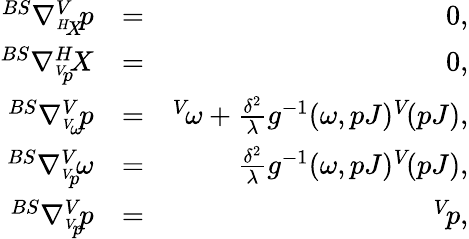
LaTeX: \begin{array}{rlr}{^{BS}\nabla_{^{H}\! X}^{V}\! p}&{=}&{0,}\\ {^{BS}\nabla_{^{V}\! p}^{H}\! X}&{=}&{0,}\\ {^{BS}\nabla_{^{V}\! \omega}^{V}\! p}&{=}&{^{V}\! \omega+\frac{\delta^{2}}{\lambda}g^{-1}(\omega,pJ)^{V}\! (pJ),}\\ {^{BS}\nabla_{^{V}\! p}^{V}\! \omega}&{=}&{\frac{\delta^{2}}{\lambda}g^{-1}(\omega,pJ)^{V}\! (pJ),}\\ {^{BS}\nabla_{^{V}\! p}^{V}\! p}&{=}&{^{V}\! p,}\end{array}